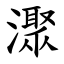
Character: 㵵